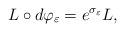
LaTeX: \begin{align*}L\circ d\varphi _{\varepsilon }=e^{\sigma _{\varepsilon }}L,\end{align*}